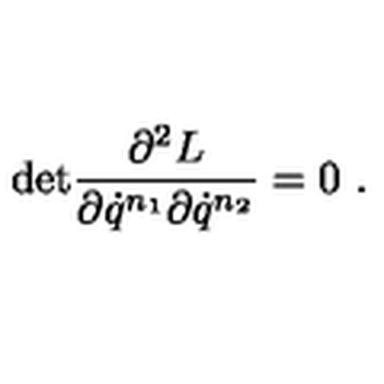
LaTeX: \mathrm { d e t } \frac { \partial ^ { 2 } L } { \partial \dot { q } ^ { n _ { 1 } } \partial \dot { q } ^ { n _ { 2 } } } = 0 \ .